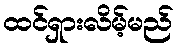
ထင်ရှားလိမ့်မည်